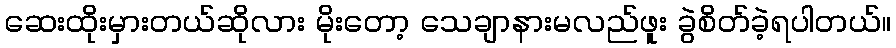
ဆေးထိုးမှားတယ်ဆိုလား မိုးတော့ သေချာနားမလည်ဖူး ခွဲစိတ်ခဲ့ရပါတယ်။